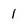
Character: 1